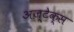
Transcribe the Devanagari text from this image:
अज्टेक्स